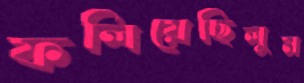
ফলিয়েছিলুম